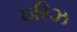
ઇરિઝ